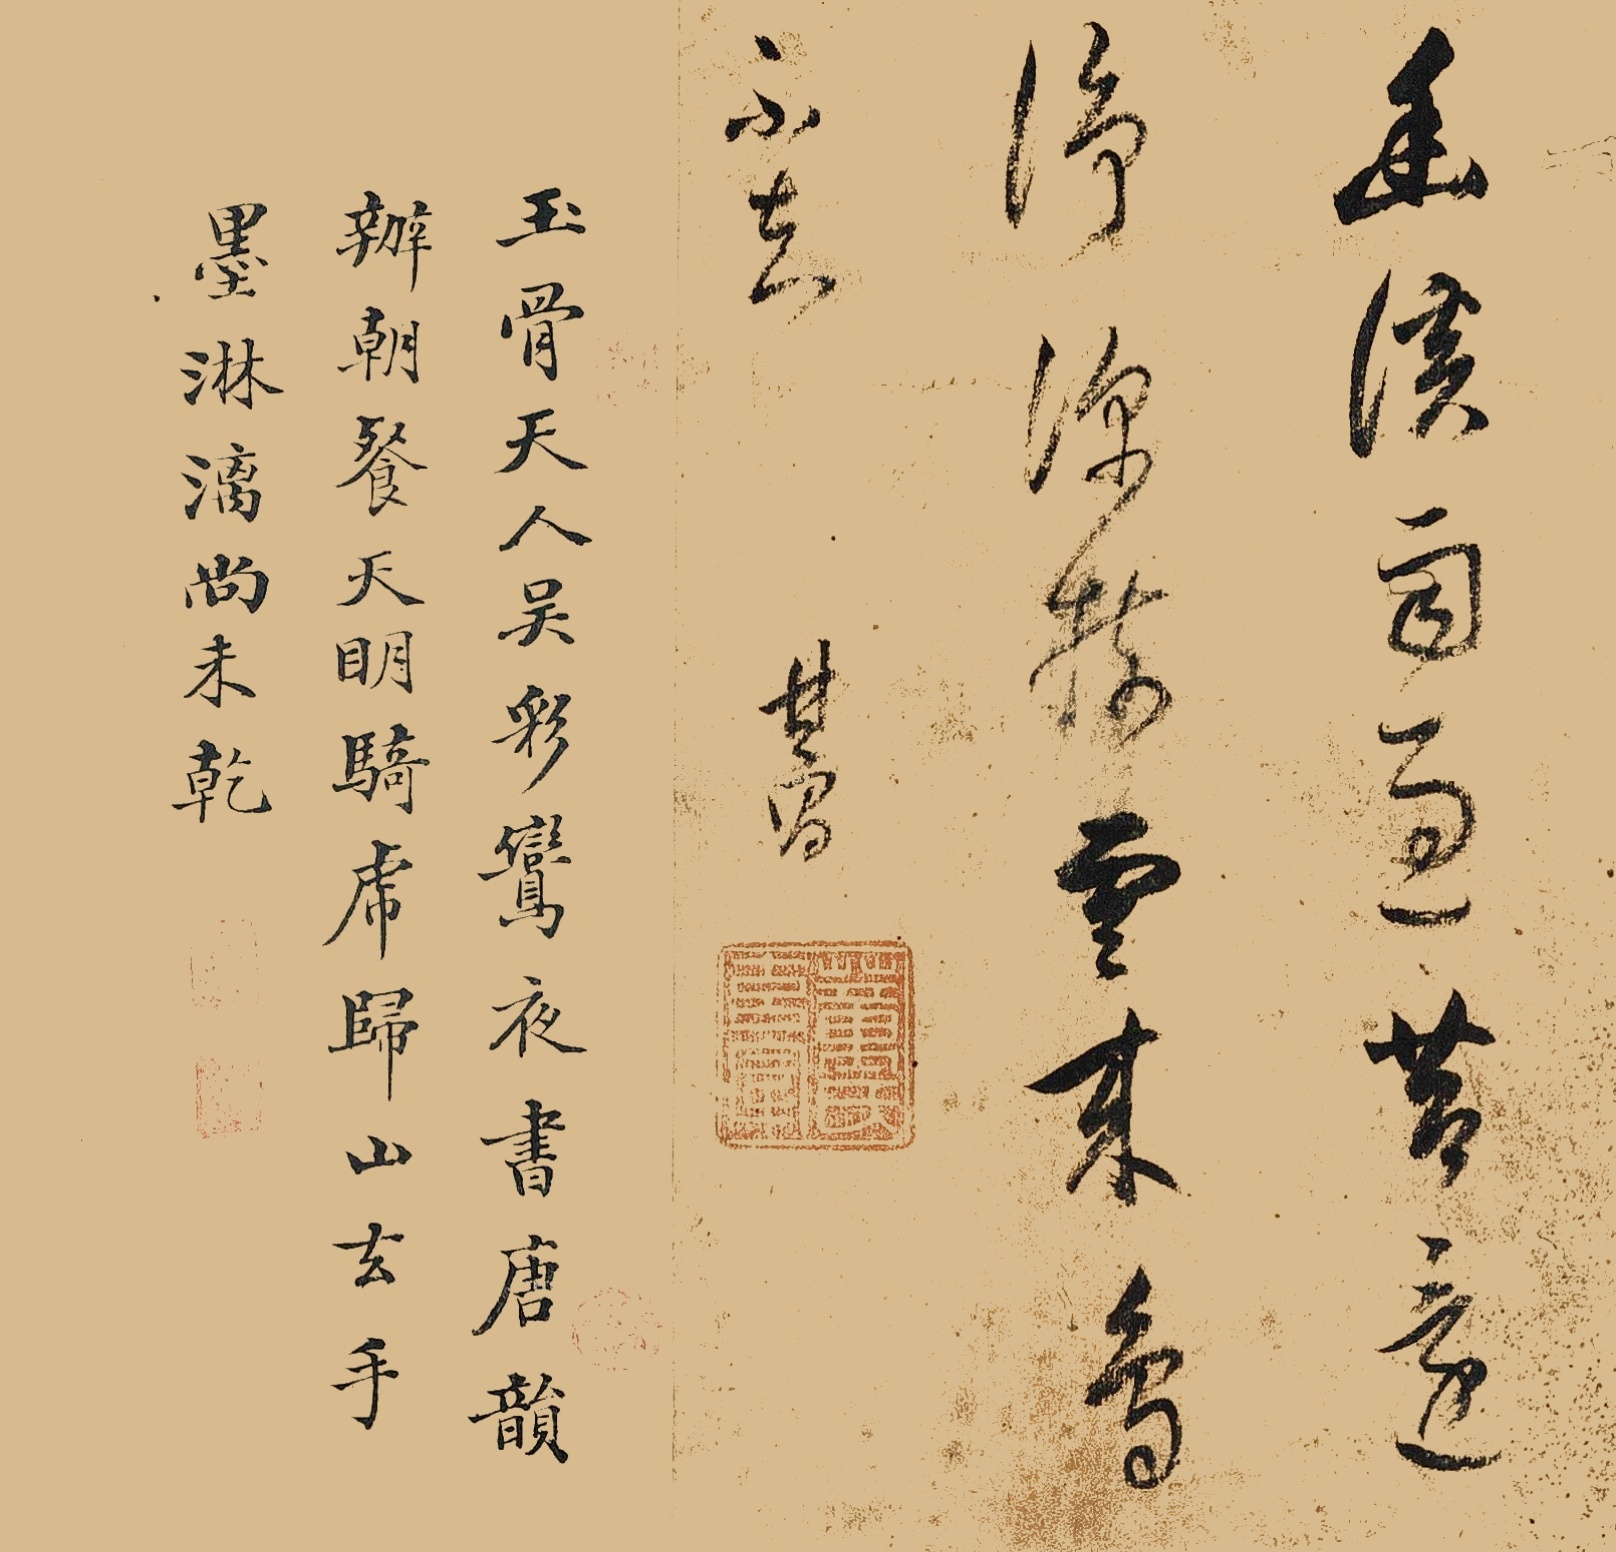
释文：幽溪鹿过苔还静，深树云来鸟不知玉骨天人吴彩鸾，夜书唐韵办朝餐，天明骑虎归天去，手墨淋漓尚未干。